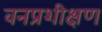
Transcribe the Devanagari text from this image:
वनप्रशीक्षण